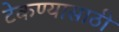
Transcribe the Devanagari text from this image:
टेकण्यासाठी